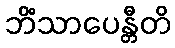
ဘိံသာပေန္တီတိ